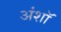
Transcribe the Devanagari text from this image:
अंशॉ